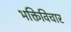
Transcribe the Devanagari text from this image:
भक्तिविचार